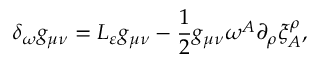
\delta _ { \omega } g _ { \mu \nu } = { \cal L } _ { \varepsilon } g _ { \mu \nu } - \frac 1 2 g _ { \mu \nu } \omega ^ { A } \partial _ { \rho } \xi _ { A } ^ { \rho } ,